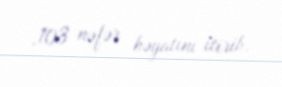
,103 nəfər həyatını itirib.